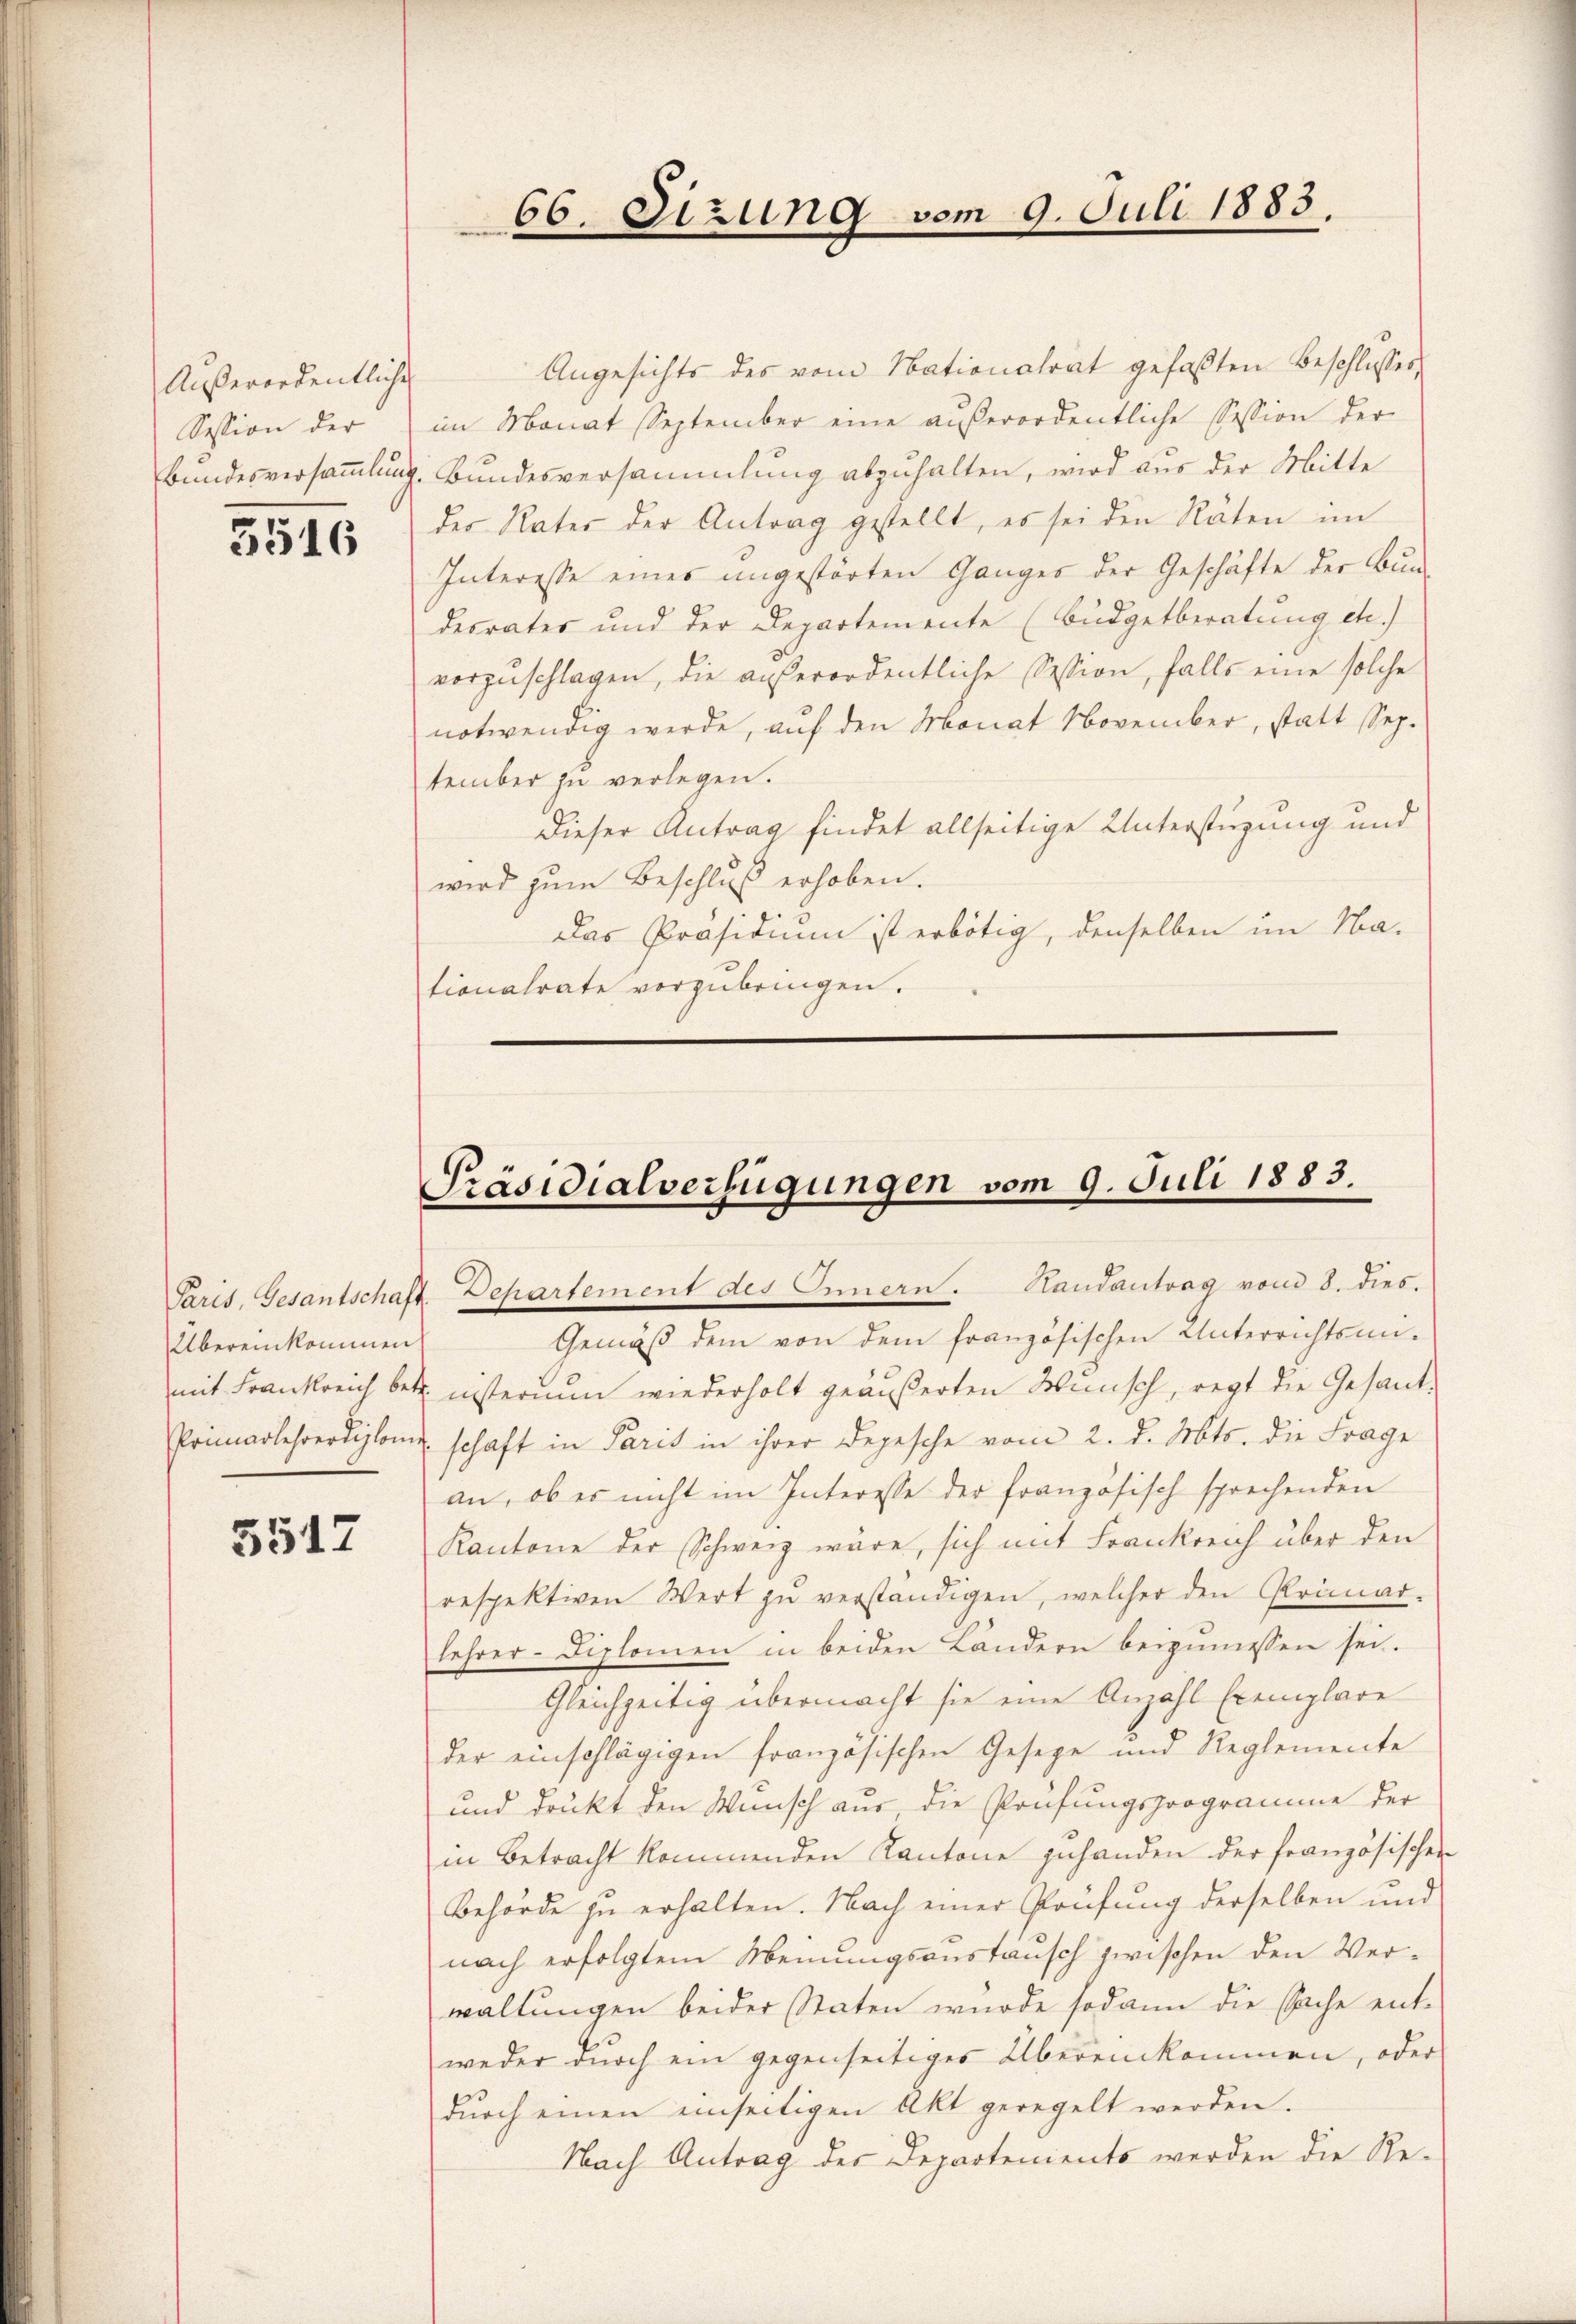
Außerordentliche
Session der

5516

Übereinkommen

5512

Angesichts des vom Nationalrat gefaßten Beschlusses
im Monat September eine außerordentliche Session der
Bundesversammlung. Bundesversammlung abzuhalten, wird aus der Mitte
des Vater der Antrag gestellt, es sei den Räten im
Interesse eines angestörten Ganges der Geschäfte der Bundesrates und der Departemente (Budgetberatung etc.)
vorzŭschlagen, die außerordentliche Session, falls eine solche
notwendig werde, auf den Monat November, statt Sep.
tember zu verlegen.
Dieser Antrag findet allseitige Unterstüzung und
wird zum Beschluß erhoben.
Das Präsidium ist erbötig, denselben im Na-
tionalrate vorzubringen.

66. Sizung vom 9. Juli 1883.

Präsidialverfügungen vom 9. Juli 1883.

Paris, Gesantschaft Departement des Innern. Handantrag vom 8. dies.
Gemäß dem von dem französischen Unterrichtsun-
mit Frankreich betr. insterium wiederholt geäußerten Wünsch, regt die Gesand¬
Primarlehrerdiplome schaft in Paris in ihrer Depesche vom 2. d. Mts. die Frage
an, ob es nicht im Interesse der französisch sprechenden
Kantone der Schweiz wäre, sich mit Frankreich über den
respektiven Wert zŭ verständigen, welcher den Primar-
lehrer-Diplomen in beiden Ländern beizumessen sei.
Gleichzeitig übermacht sie eine Anzahl Exemplare
der einschlägigen französischen Geseze und Reglemente
und drückt den Wunsch aus, die Prüfungsprogramme der
in Betracht kommenden Kantone zuhanden der französischen
Behörde zu erhalten. Nach einer Prüfung derselben und
nach erfolgtem Meinungsaustausch zwischen den Verwaltungen beider Staten wurde sodann die Sache entweder dŭrch ein gegenseitiger Übereinkommen, oder
dŭrch einen einseitigen Akt geregelt werden.
Nach Antrag des Departenients werden die Re¬